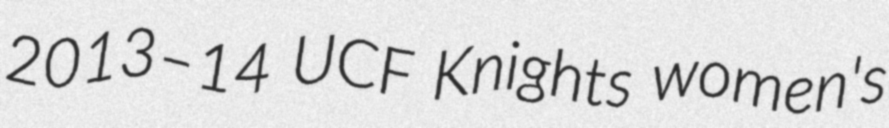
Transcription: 2013–14 UCF Knights women's